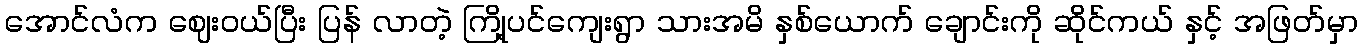
အောင်လံက ဈေးဝယ်ပြီး ပြန် လာတဲ့ ကြို့ပင်ကျေးရွာ သားအမိ နှစ်ယောက် ချောင်းကို ဆိုင်ကယ် နှင့် အဖြတ်မှာ